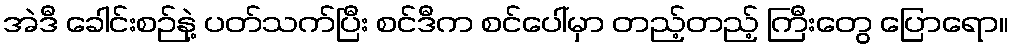
အဲဒီ ခေါင်းစဉ်နဲ့ ပတ်သက်ပြီး စင်ဒီက စင်ပေါ်မှာ တည့်တည့် ကြီးတွေ ပြောရော။